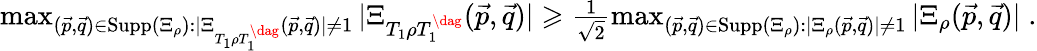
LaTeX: \begin{array}{r}{\operatorname*{max}_{(\vec{p},\vec{q})\in\mathrm{Supp}(\Xi_{\rho}):|\Xi_{T_{1}\rho T_{1}^{\dag}}(\vec{p},\vec{q})|\neq 1}|\Xi_{T_{1}\rho T_{1}^{\dag}}(\vec{p},\vec{q})|\geqslant\frac{1}{\sqrt{2}}\operatorname*{max}_{(\vec{p},\vec{q})\in\mathrm{Supp}(\Xi_{\rho}):|\Xi_{\rho}(\vec{p},\vec{q})|\neq 1}|\Xi_{\rho}(\vec{p},\vec{q})|\; .}\end{array}